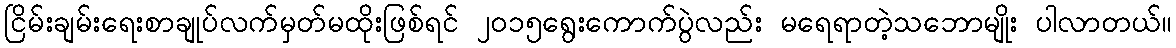
ငြိမ်းချမ်းရေးစာချုပ်လက်မှတ်မထိုးဖြစ်ရင် ၂၀၁၅ရွေးကောက်ပွဲလည်း မရေရာတဲ့သဘောမျိုး ပါလာတယ်။